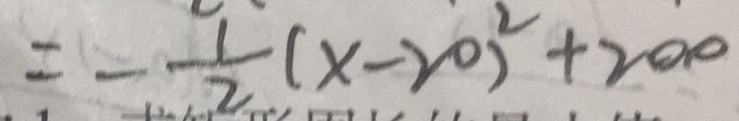
= - \frac { 1 } { 2 } ( x - 2 0 ) ^ { 2 } + 2 0 0